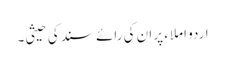
اردو املاء پر ان کی رائے سند کی حیثی۔